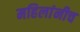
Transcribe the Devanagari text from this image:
महिलांनीच